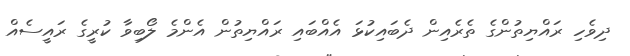
ދިވެހި ރައްޔިތުންގެ ތެރެއިން ދެބައިކުޅަ އެއްބައި ރައްޔިތުން އެންމެ ލޯބިވާ ކުރީގެ ރައީސެއް